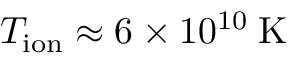
T _ { \mathrm { i o n } } \approx 6 \times 1 0 ^ { 1 0 } \: \mathrm { { K } }